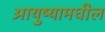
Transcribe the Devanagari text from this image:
आयुष्यामधील